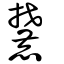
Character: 麓